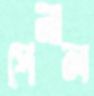
পেনাল